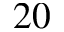
2 0